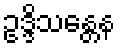
ဥဒ္ဒိသန္တေန